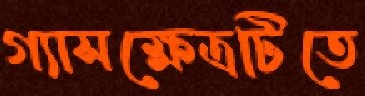
গ্যাসক্ষেত্রটিতে